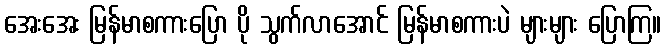
အေးအေး မြန်မာစကားပြော ပို သွက်လာအောင် မြန်မာစကားပဲ များများ ပြောကြ။